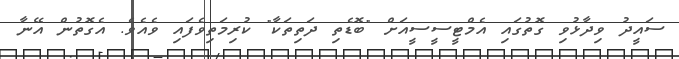
ސައީދު ވިދާޅުވި ގޮތުގައި އެމްޓީސީސީއަށް "ބޮޑެތި ދަތިތަކާ" ކުރިމަތިވެފައި ވެއެވެ. އެގޮތުން އޭނާ